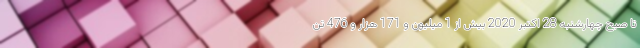
تا صبح چهارشنبه 28 اکتبر 2020 بیش از 1 میلیون و 171 هزار و 476 تن